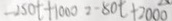
- 2 5 0 t + 1 0 0 0 = - 8 0 t + 2 0 0 0